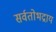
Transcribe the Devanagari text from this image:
सर्वतोभद्राय